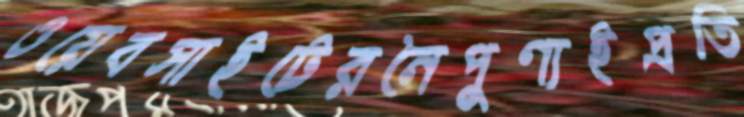
ওয়েবসাইটেরনৈপুণ্যইপ্রতি